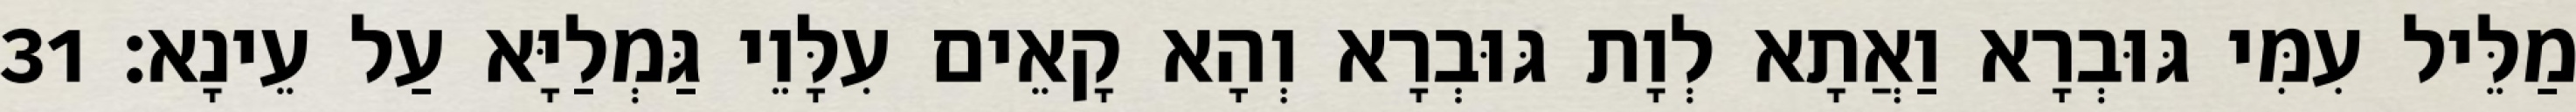
מַלֵּיל עִמִּי גּוּבְרָא וַאֲתָא לְוָת גּוּבְרָא וְהָא קָאֵים עִלָּוֵי גַּמְלַיָּא עַל עֵינָא׃ 31